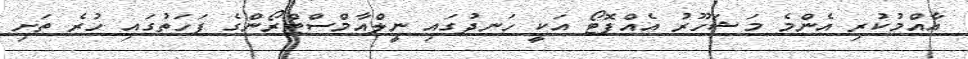
އާއްމުކުރި އެންމެ މަޝަހޫރު އެއްފޮޓޯ އަކީ ހަނދުގައި ނީލްއާމްސްޓްރޯންގެ ފަހަތުގައި ހުރެ ތަށި